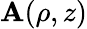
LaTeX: \mathbf{A}(\rho,z)